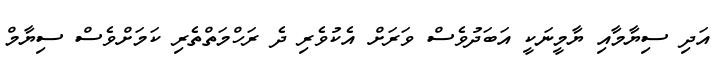
އަދި ސިޔާމާއި ޔާމީނަކީ އަބަދުވެސް ވަރަށް އެކުވެރި ދެ ރަހްމަތްތެރި ކަމަށްވެސް ސިޔާމް